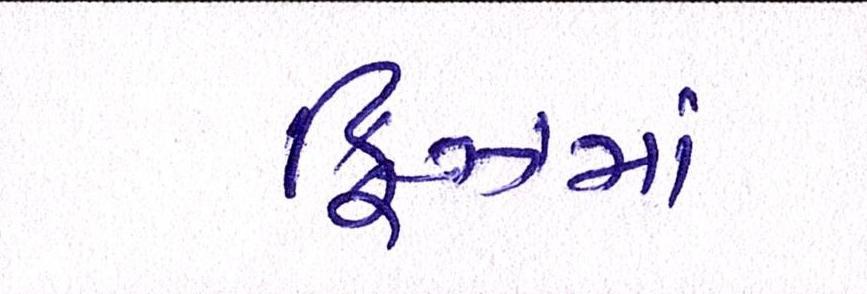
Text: ફ્રિઝમાં